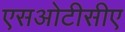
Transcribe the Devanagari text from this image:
एसओटीसीए